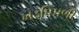
ખડપિપળી